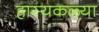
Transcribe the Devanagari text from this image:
हास्यकळ्या